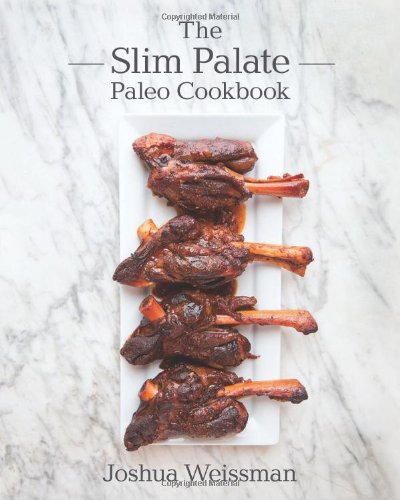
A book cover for The Slim Palate Paleo Cookbook; Joshua Weissman; Cookbooks, Food & Wine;